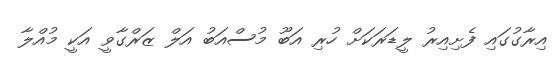
އިރާގުގައި ފެށިއިރު ލީޑަރަކަށް ހުރި އަބޫ މުސްއަބު އަލް ޒަރްގާވީ އަކީ މުއްލާ